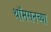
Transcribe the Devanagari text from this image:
थॉमसनच्या